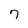
Character: 7